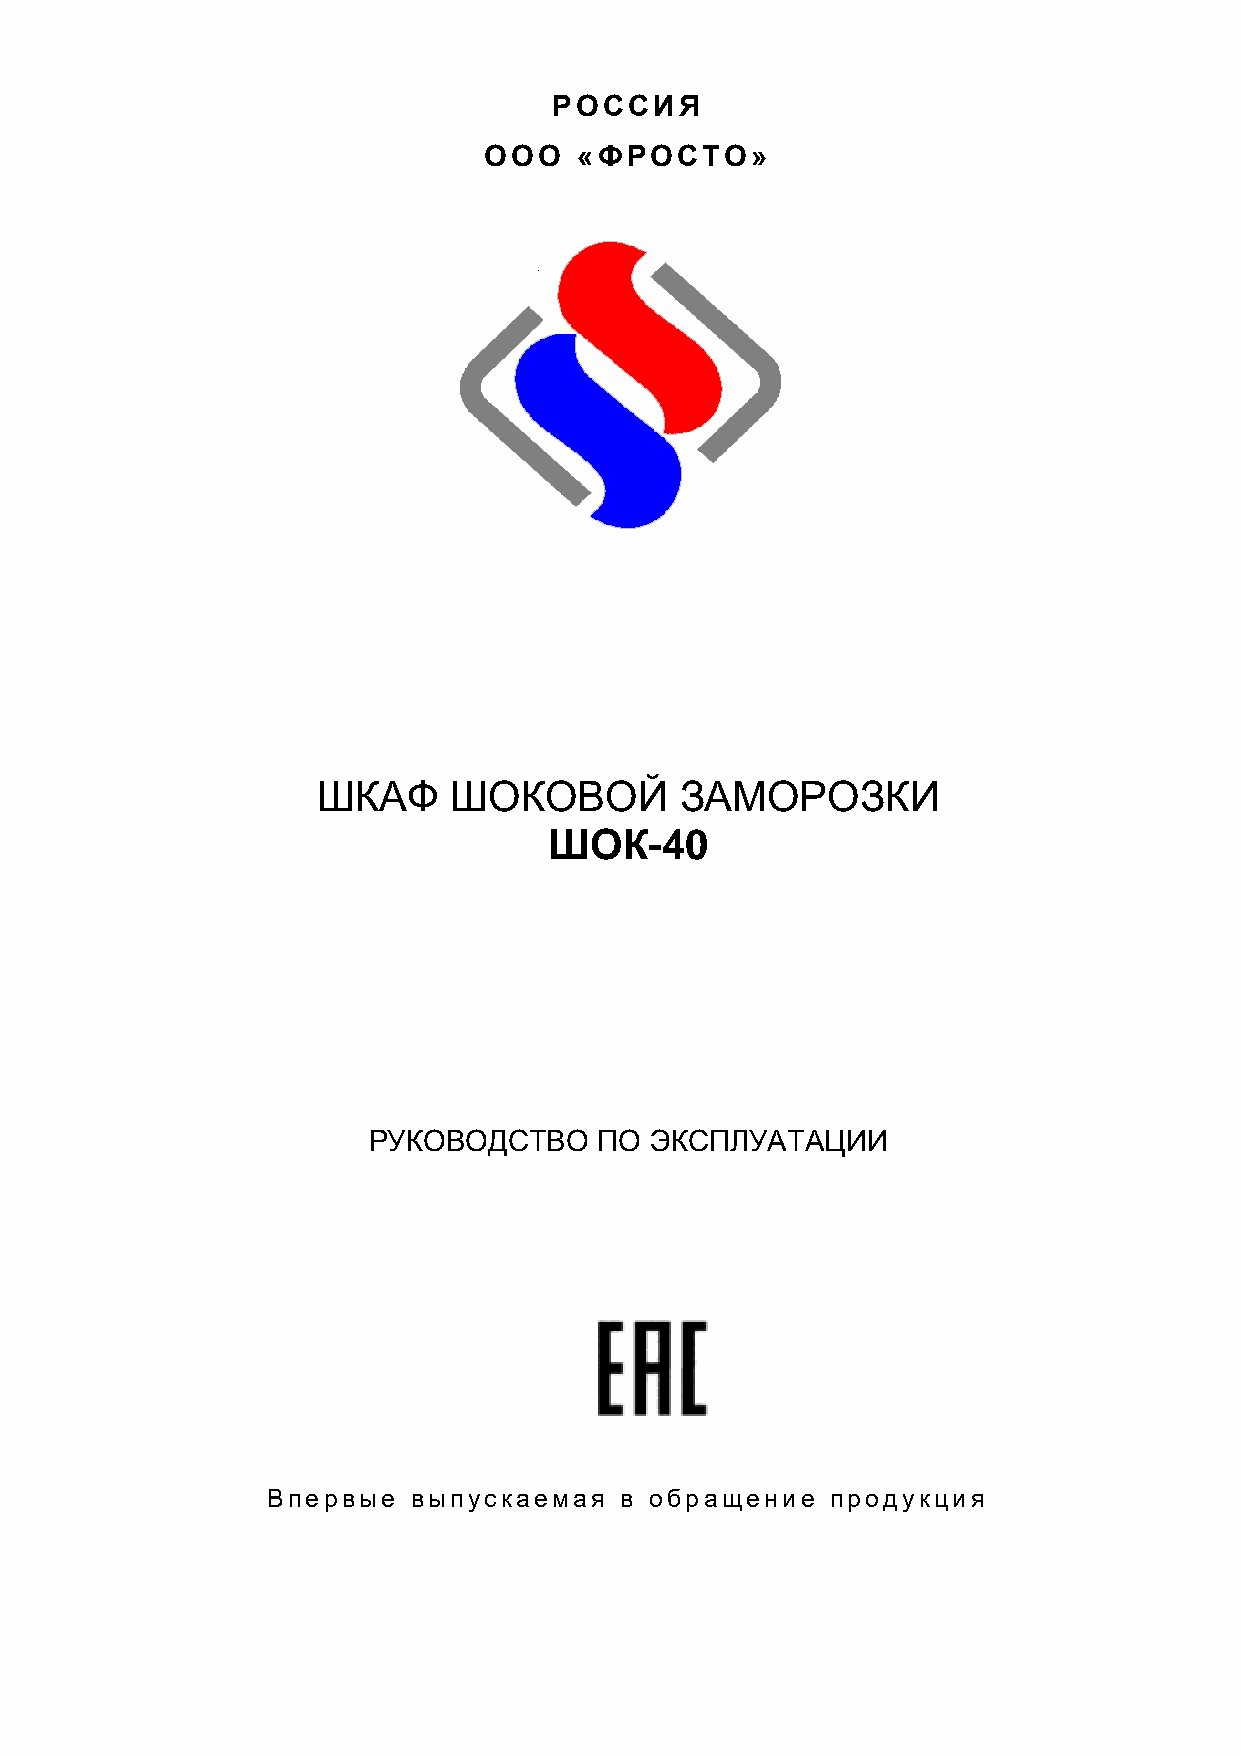
РОССИЯ
 ООО   «ФРОСТО»
 ШКАФ     ШОКОВОЙ        ЗАМОРОЗКИ
 ШОК-40
 РУКОВОДСТВО     ПО ЭКСПЛУАТАЦИИ
 Впервые  выпускаемая   в обращение   продукция